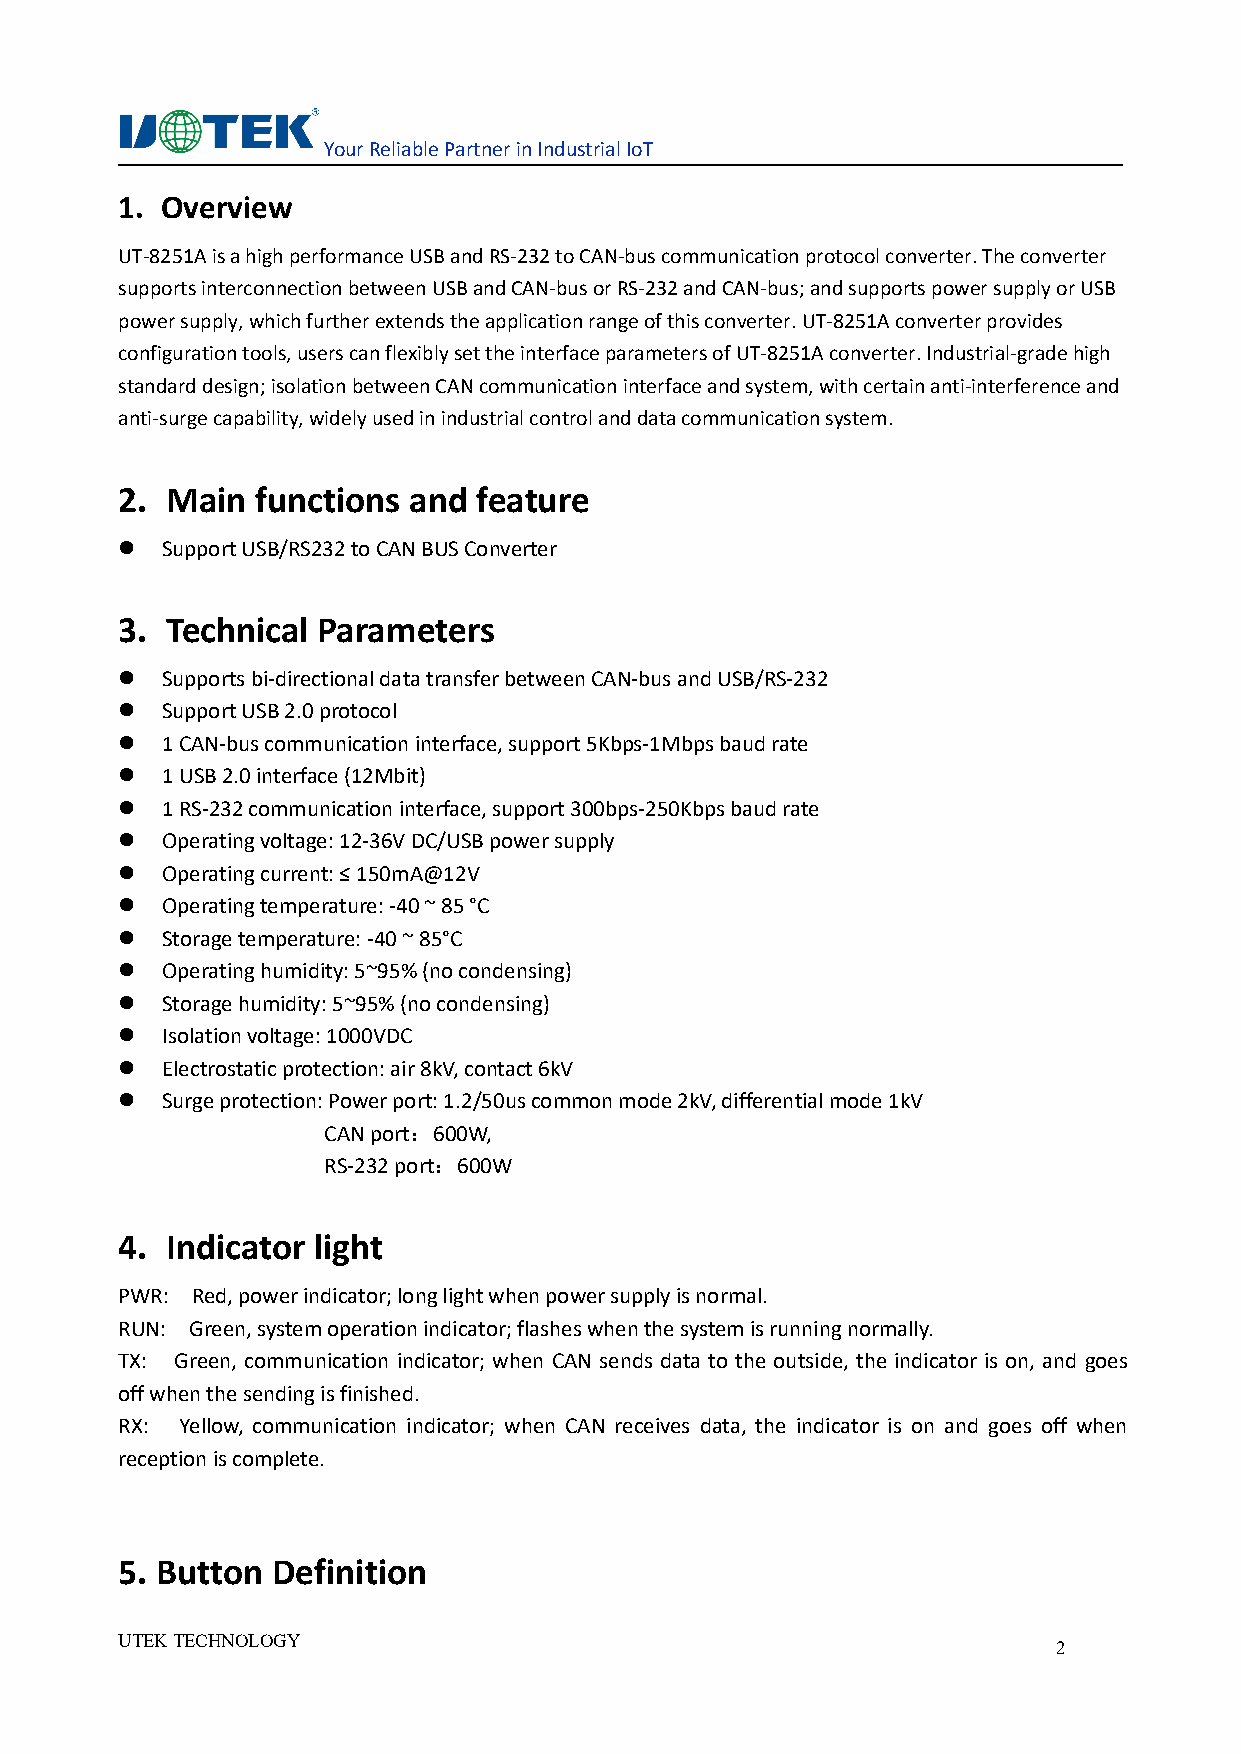
YourReliablePartnerinIndustrialIoT
 1. Overview
 UT-8251AisahighperformanceUSBandRS-232toCAN-buscommunicationprotocolconverter.Theconverter
 supportsinterconnectionbetweenUSBandCAN-busorRS-232andCAN-bus;andsupportspowersupplyorUSB
 powersupply,whichfurtherextendstheapplicationrangeofthisconverter.UT-8251Aconverterprovides
 configurationtools,userscanflexiblysettheinterfaceparametersofUT-8251Aconverter.Industrial-gradehigh
 standarddesign;isolationbetweenCANcommunicationinterfaceandsystem,withcertainanti-interferenceand
 anti-surgecapability,widelyusedinindustrialcontrolanddatacommunicationsystem.
 2. Main  functions and feature
   SupportUSB/RS232toCANBUSConverter
 3. Technical Parameters
   Supportsbi-directionaldatatransferbetweenCAN-busandUSB/RS-232
   SupportUSB2.0protocol
   1CAN-buscommunicationinterface,support5Kbps-1Mbpsbaudrate
   1USB2.0interface(12Mbit)
   1RS-232communicationinterface,support300bps-250Kbpsbaudrate
   Operatingvoltage:12-36VDC/USBpowersupply
   Operatingcurrent:≤150mA@12V
   Operatingtemperature:-40~85°C
   Storagetemperature:-40~85°C
   Operatinghumidity:5~95%(nocondensing)
   Storagehumidity:5~95%(nocondensing)
   Isolationvoltage:1000VDC
   Electrostaticprotection:air8kV,contact6kV
   Surgeprotection:Powerport:1.2/50uscommonmode2kV,differentialmode1kV
 CANport：600W,
 RS-232port：600W
 4. Indicator light
 PWR: Red,powerindicator;longlightwhenpowersupplyisnormal.
 RUN: Green,systemoperationindicator;flasheswhenthesystemisrunningnormally.
 TX: Green, communication indicator; when CAN sends data to the outside, the indicator is on, and goes
 offwhenthesendingisfinished.
 RX: Yellow, communication indicator; when CAN receives data, the indicator is on and goes off when
 receptioniscomplete.
 5. Button Definition
 UTEKTECHNOLOGY
 2